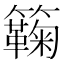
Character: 𥷥